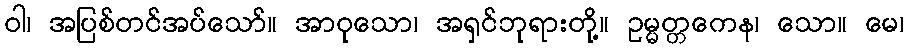
ဝါ၊ အပြစ်တင်အပ်သော်။ အာဝုသော၊ အရှင်ဘုရားတို့။ ဥမ္မတ္တကေန၊ သော။ မေ၊